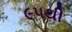
૯૫થી